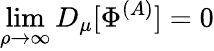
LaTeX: \operatorname*{lim}_{\rho\to\infty}D_{\mu}[\Phi^{(A)}]=0